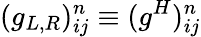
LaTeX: (g_{L,R})_{ij}^{n}\equiv(g^{H})_{ij}^{n}